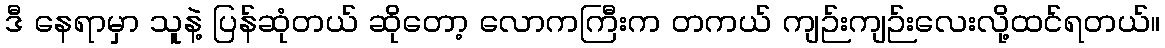
ဒီ နေရာမှာ သူနဲ့ ပြန်ဆုံတယ် ဆိုတော့ လောကကြီးက တကယ် ကျဉ်းကျဉ်းလေးလို့ထင်ရတယ်။